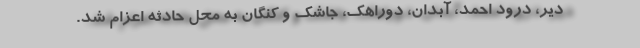
دیر، درود احمد، آبدان، دوراهک، جاشک و کنگان به محل حادثه اعزام شد.